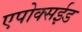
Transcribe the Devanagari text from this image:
एपोक्सईड